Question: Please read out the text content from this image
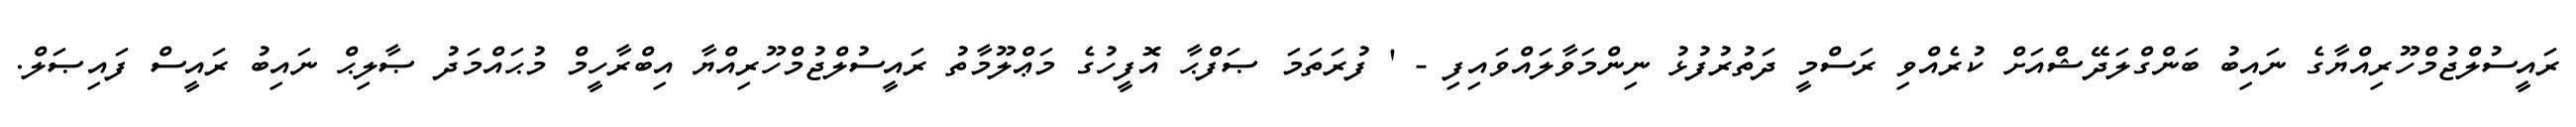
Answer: ރައީސުލްޖުމްހޫރިއްޔާގެ ނައިބު ބަންގްލަދޭޝްއަށް ކުރެއްވި ރަސްމީ ދަތުރުފުޅު ނިންމަވާލައްވައިފި - ' ފުރަތަމަ ޞަފްޙާ އޮފީހުގެ މަޢްލޫމާތު ރައީސުލްޖުމްހޫރިއްޔާ އިބްރާހީމް މުޙައްމަދު ޞާލިޙް ނައިބު ރައީސް ފައިޞަލް.